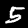
Label: 5